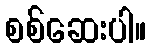
စစ်ဆေးပါ။